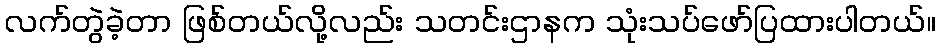
လက်တွဲခဲ့တာ ဖြစ်တယ်လို့လည်း သတင်းဌာနက သုံးသပ်ဖော်ပြထားပါတယ်။